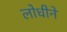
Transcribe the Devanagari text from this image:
लोधीने